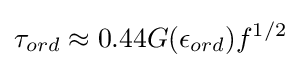
\tau _{ord}\approx 0.44G(\epsilon _{ord})f^{1/2}